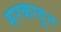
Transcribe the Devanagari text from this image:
सरकावून